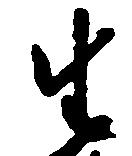
生